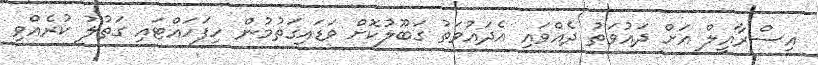
އިސްރާއީލް އަށް ދައުވަތު ދެއްވައި އެދައުވަތު ގަބޫލުކޮށް ވަޑައިގަތުމުން ހިފަހައްޓައި ގަތުލު ކުރެއްވި